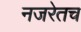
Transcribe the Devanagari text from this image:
नजरेतच